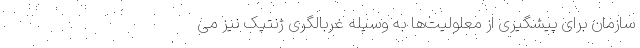
سازمان برای پیشگیری از معلولیت‌ها به وسیله غربالگری ژنتیک نیز می‌